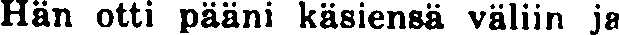
Hän otti pääni käsiensä väliin ja